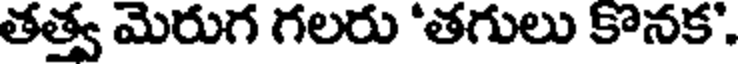
తత్వ మెరుగ గలరు 'తగులు కొనక'.